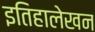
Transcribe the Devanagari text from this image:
इतिहालेखन